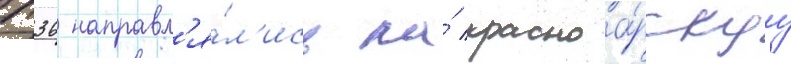
п36 направл'я́л'ись на́ красноа́рскуу